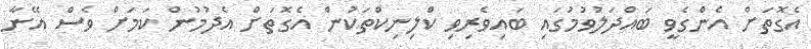
އެގޮތަށް އެންގެވީ ބައްދަލުވުމުގައި ބައިވެރިވި ކްލިނިކްތަކުން އެގޮތަށް އެދުމުން ކަމަށް ވެސް އޭނާ